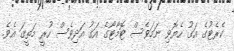
ކެރެޓުގެ އަގު ހެޔޮވި ނަމަވެސް ޓޮމާޓޯގެ އަގު އަދިވެސް ހުރީ މަތީގަ އެވެ.